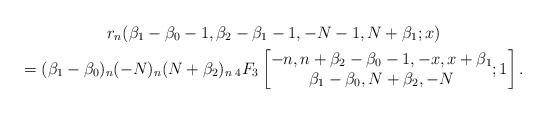
LaTeX: \begin{gather*} r_n(\beta_1-\beta_0-1, \beta_2-\beta_1-1, -N-1,N+\beta_1; x)\\=(\beta_1-\beta_0)_n(-N)_n(N+\beta_2)_n \, {}_4F_3\left[\begin{matrix}-n, n+\beta_2-\beta_0-1, -x, x+\beta_1\\ \beta_1-\beta_0, N+\beta_2, -N\end{matrix}; 1\right].\end{gather*}